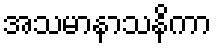
အသမာနာသနိကာ